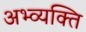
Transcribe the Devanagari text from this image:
अभ्व्यक्ति